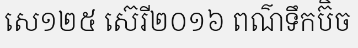
សេ១២៥ ស៊េរី២០១៦ ពណ៌ទឹកប៊ិច